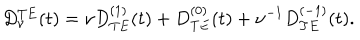
\begin{array} { c } { { \displaystyle { D _ { \nu } ^ { T E } ( t ) = \nu D _ { T E } ^ { ( 1 ) } ( t ) + D _ { T E } ^ { ( 0 ) } ( t ) + \nu ^ { - 1 } D _ { T E } ^ { ( - 1 ) } ( t ) . } } } \\ \end{array}